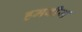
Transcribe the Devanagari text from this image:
हमवीज